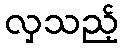
လှသည့်